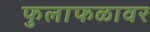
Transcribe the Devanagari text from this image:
फुलाफळावर